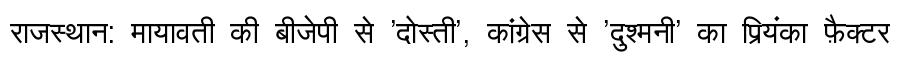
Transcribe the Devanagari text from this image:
राजस्थान: मायावती की बीजेपी से 'दोस्ती', कांग्रेस से 'दुश्मनी' का प्रियंका फ़ैक्टर